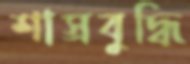
শাস্রবুদ্ধি